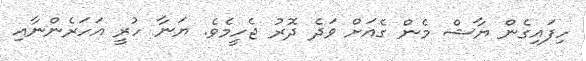
ހިފައިގެން ޔާޝް މެން ގެއަށް ވަދެ ދޮރު ޖެހީމެވެ. ޔަނާ ހުރީ އަހަރެންނާއި